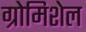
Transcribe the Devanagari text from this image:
ग्रोमिशेल